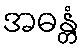
အဓန္တံ